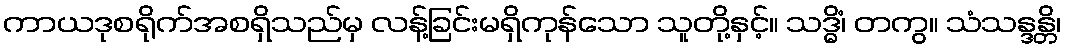
ကာယဒုစရိုက်အစရှိသည်မှ လန့်ခြင်းမရှိကုန်သော သူတို့နှင့်။ သဒ္ဓိံ၊ တကွ။ သံသန္ဒန္တိ၊